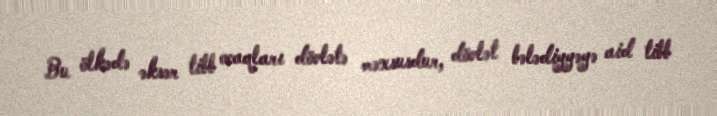
Bu ölkədə əksər tibb ocaqları dövlətə məxsusdur, dövlət bələdiyyəyə aid tibb